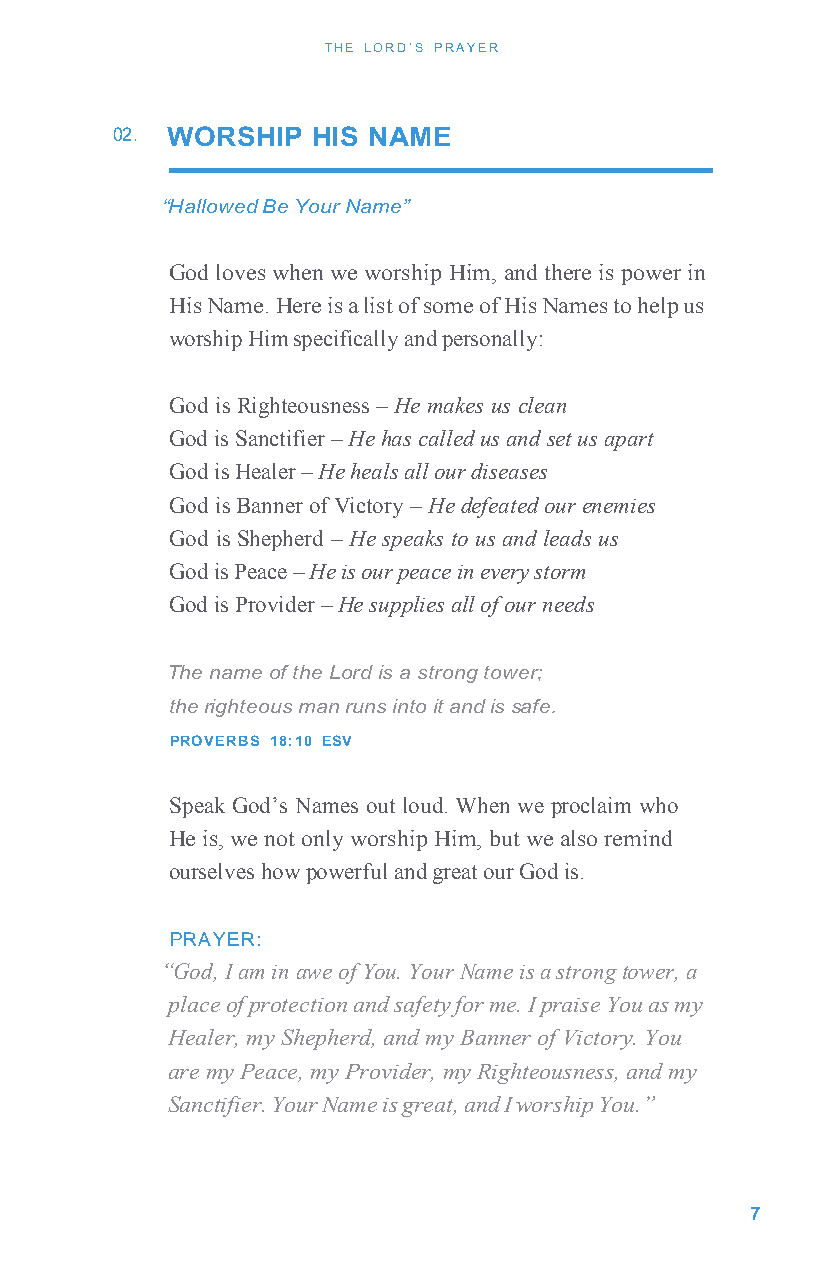
THE LORD’S PRAYER
 02. WORSHIP   HIS NAME
 “Hallowed Be Your Name”
 God loves when we worship Him, and there is power in
 His Name. Here is a list of some of His Names to help us
 worship Him specifically and personally:
 God is Righteousness – He makes us clean
 God is Sanctifier – He has called us and set us apart
 God is Healer – He heals all our diseases
 God is Banner of Victory – He defeated our enemies
 God is Shepherd – He speaks to us and leads us
 God is Peace – He is our peace in every storm
 God is Provider – He supplies all of our needs
 The name of the Lord is a strong tower;
 the righteous man runs into it and is safe.
 PROVERBS 18:10 ESV
 Speak God’s Names out loud. When we proclaim who
 He is, we not only worship Him, but we also remind
 ourselves how powerful and great our God is.
 PRAYER:
 “God, I am in awe of You. Your Name is a strong tower, a
 place of protection and safety for me. I praise You as my
 Healer, my Shepherd, and my Banner of Victory. You
 are my Peace, my Provider, my Righteousness, and my
 Sanctifier. Your Name is great, and I worship You.”
 7